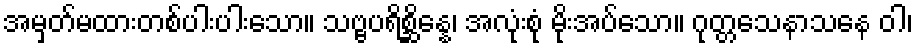
အမှတ်မထားတစ်ပါးပါးသော။ သဗ္ဗပရိစ္ဆိန္နေ၊ အလုံးစုံ မိုးအပ်သော။ ဂုတ္တသေနာသနေ ဝါ၊